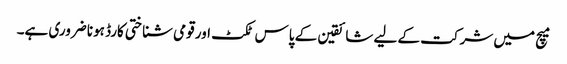
میچ میں شرکت کے لیے شائقین کے پاس ٹکٹ اور قومی شناختی کارڈ ہونا ضروری ہے۔